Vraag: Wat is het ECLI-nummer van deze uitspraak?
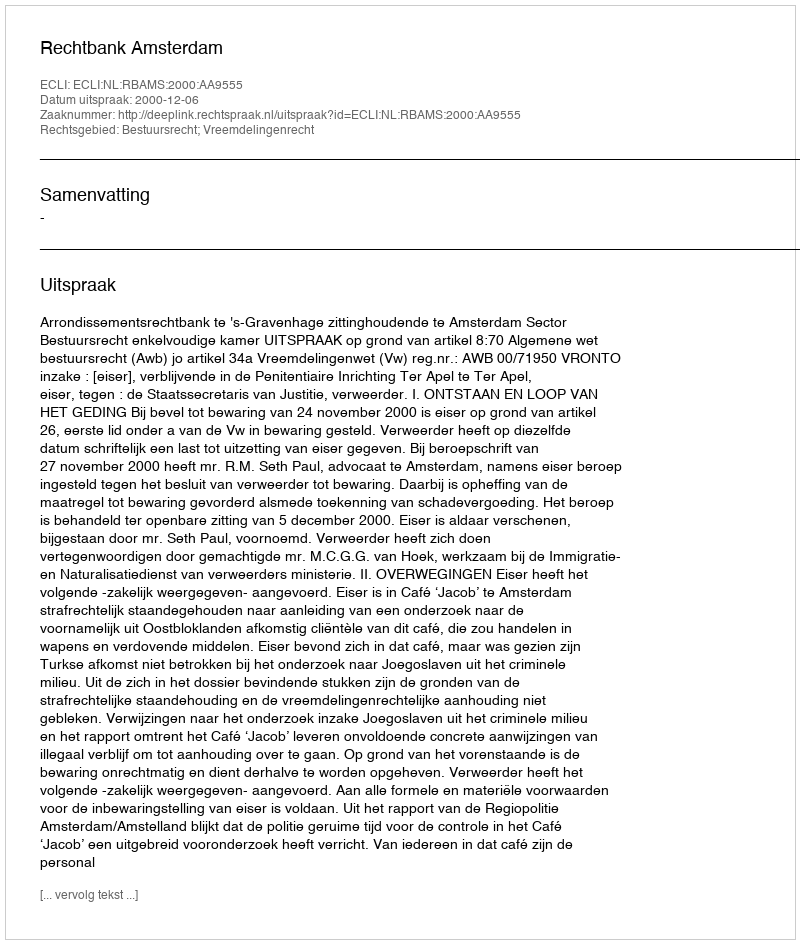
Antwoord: ECLI:NL:RBAMS:2000:AA9555